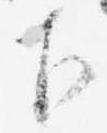
下